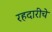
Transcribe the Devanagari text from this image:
रहदारीचे